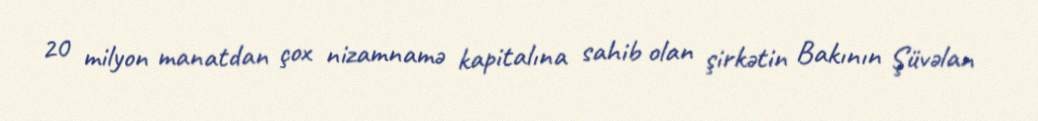
20 milyon manatdan çox nizamnamə kapitalına sahib olan şirkətin Bakının Şüvəlan